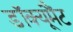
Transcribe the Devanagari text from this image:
डॉक्यूमैंट